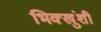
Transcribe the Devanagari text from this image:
भिक्खुंशी